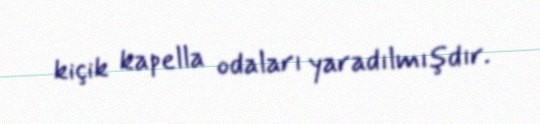
kiçik kapella odaları yaradılmışdır.